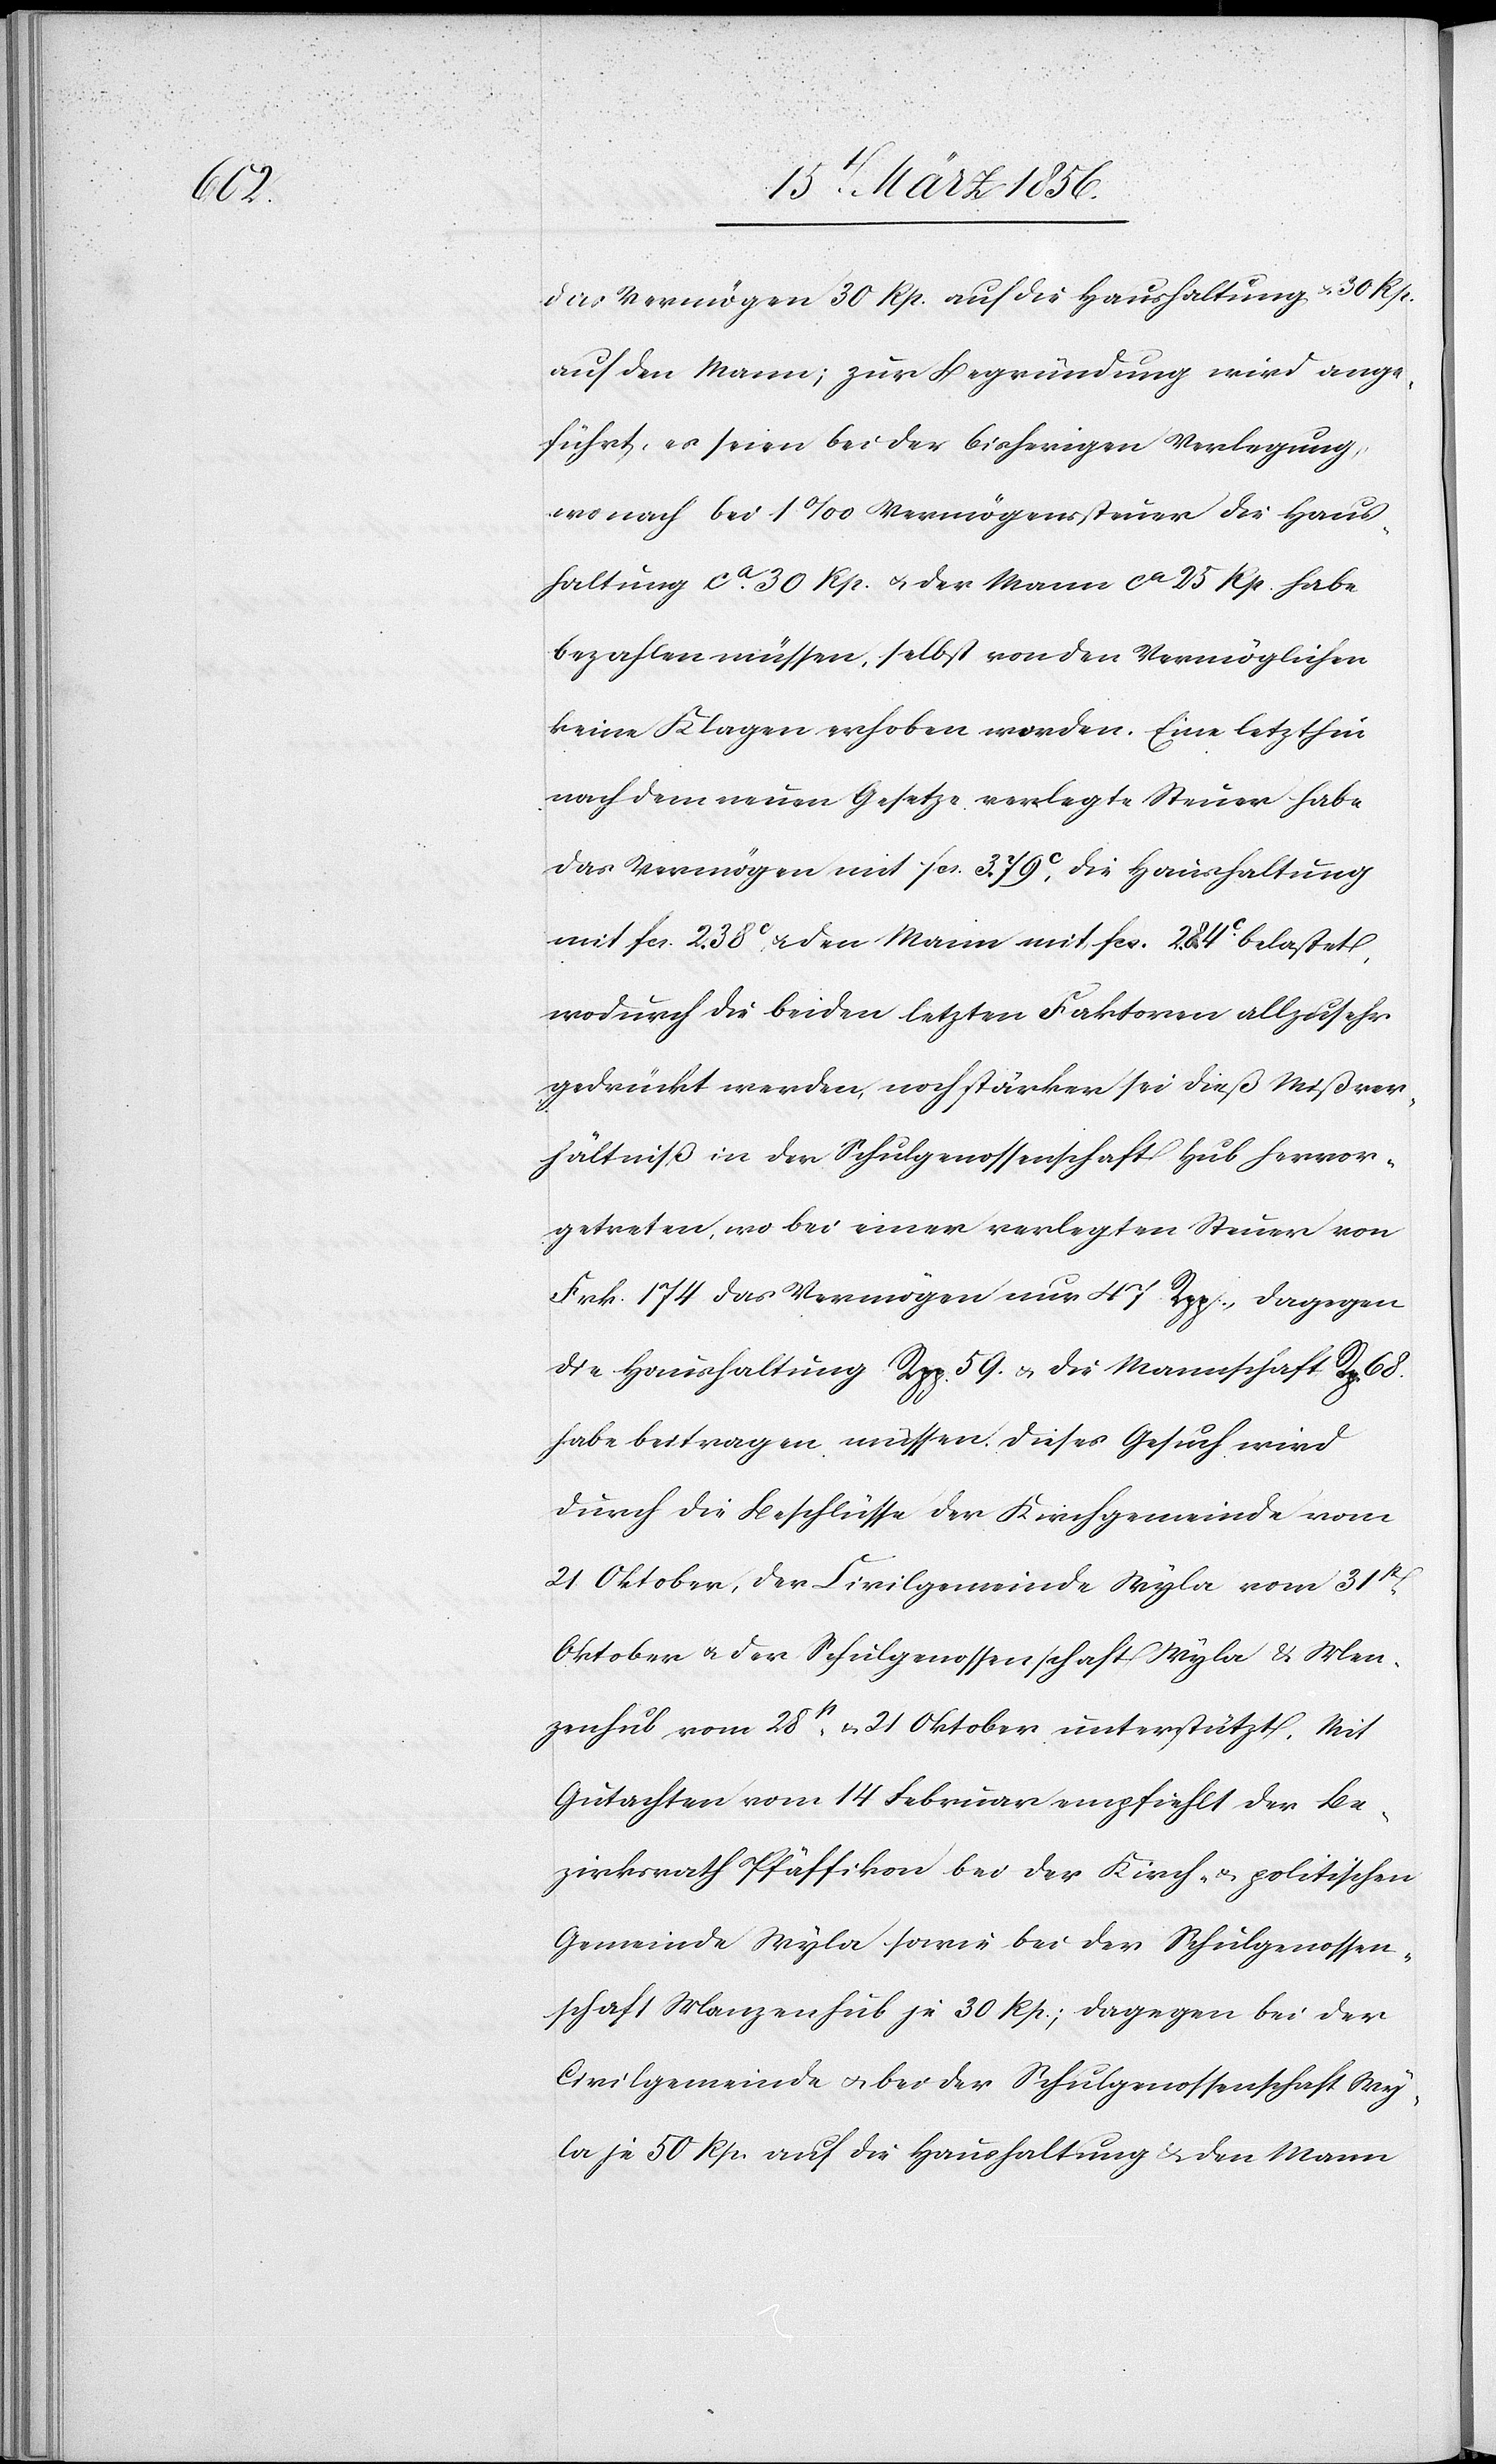
das Vermögen 30 Rp. auf die Haushaltung & 30 Rp.
auf den Mann; zur Begründung wird ange¬
führt, es seien bei der bisherigen Verlegung
wonach bei 1‰ Vermögenssteuer die Haus¬
haltung ca. 30 Rp. u. der Mann ca 25 Rp. habe
bezahlen müssen, selbst von den Vermöglichen
keine Klagen erhoben worden. Eine letzthin
nach dem neuen Gesetze verlegte Steuer habe
das Vermögen mit fcs. 3. 79c, die Haushaltung
mit fcs. 2. 38c u. den Mann mit fcs. 2. 84c belastet,
wodurch die beiden letzten Faktoren allzusehr
bedrückt werden, noch stärker sei dieß Mißver¬
hältniß in der Schulgenossenschaft Hub hervor¬
getreten, wo bei einer verlegten Steuer von
Frk. 174 das Vermögen nur 47 Rpp., dagegen
die Haushaltung Rpp. 59. u. die Mannschaft Rp. 68.
habe beitragen müssen. Dieses Gesuch wird
durch die Beschlüsse der Kirchgemeinde vom
21 Oktober, der Civilgemeinde Wyla vom 31st
Oktober u. der Schulgenossenschaft Wyla & Men¬
zenhub [sic!] vom 28st & 21 Oktober unterstützt. Mit
Gutachten vom 14 Februar empfiehlt der Be¬
zirksrath Pfäffikon bei der Kirch- & politischen
Gemeinde Wyla sowie bei der Schulgenossen¬
schaft Manzenhub je 30 Rp.; dagegen bei der
Civilgemeinde u. bei der Schulgenossenschaft Wy¬
la je 50 Rp. auf die Haushaltung & den Mann